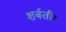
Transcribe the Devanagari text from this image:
शर्बती।